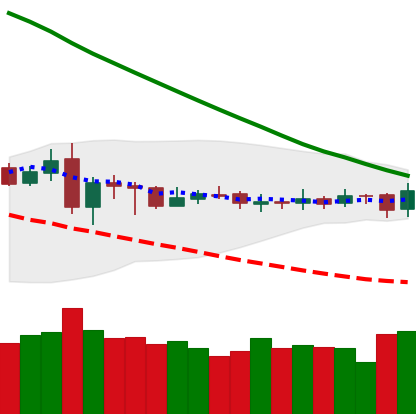
Ticker: DOGE-USD
Chart end date: 2019-03-12
Forward return: 3.429%
Label: up_3_5